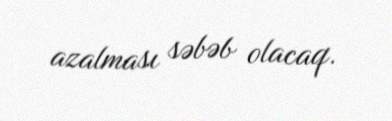
azalması səbəb olacaq.